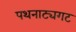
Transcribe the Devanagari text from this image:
पथनाट्यगट